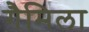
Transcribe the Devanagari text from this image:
गैमिला